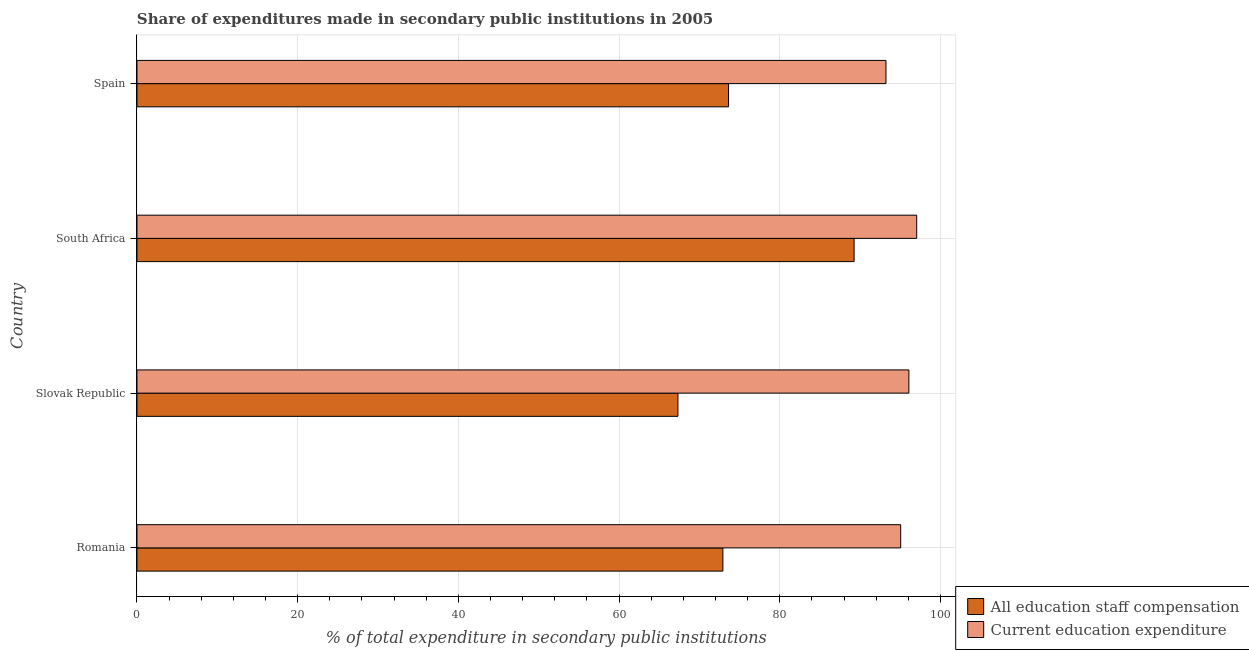
| Country | All education staff compensation | Current education expenditure |
 | --- | --- | --- |
 | Romania | 72.9 | 95 |
 | Slovak Republic | 67.3 | 96.1 |
 | South Africa | 89.2 | 97 |
 | Spain | 73.6 | 93.2 |